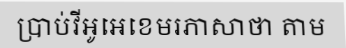
ប្រាប់វីអូអេខេមរភាសាថា តាម